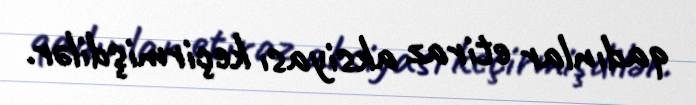
qadınlar etiraz aksiyası keçirmişdilər.